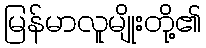
မြန်မာလူမျိုးတို့၏